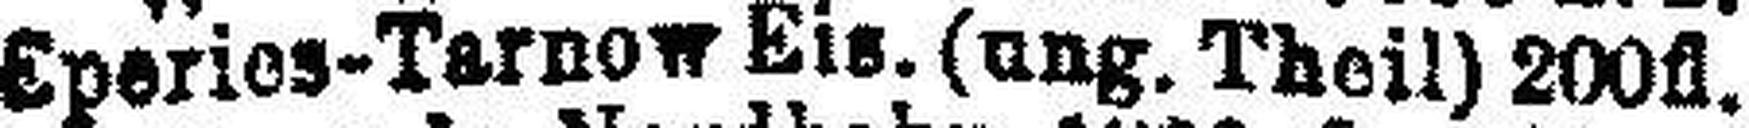
Eperies-Tarnow Eis. (ung. Theil) 200fl.